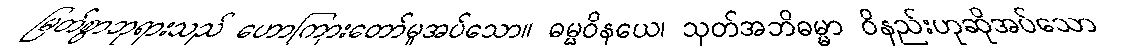
မြတ်စွာဘုရားသည် ဟောကြားတော်မူအပ်သော။ ဓမ္မဝိနယေ၊ သုတ်အဘိဓမ္မာ ဝိနည်းဟုဆိုအပ်သော